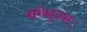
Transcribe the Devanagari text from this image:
सेरॅक्यूजवर